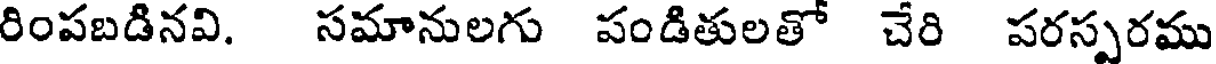
రింపబడినవి. సమానులగు పండితులతో చేరి పరస్పరము